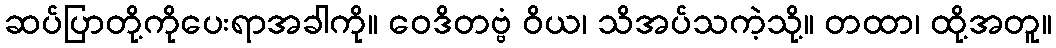
ဆပ်ပြာတို့ကိုပေးရာအခါကို။ ဝေဒိတဗ္ဗံ ဝိယ၊ သိအပ်သကဲ့သို့။ တထာ၊ ထို့အတူ။